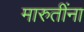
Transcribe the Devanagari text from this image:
मारुतींना